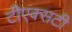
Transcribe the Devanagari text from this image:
टीएक्सटी